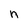
Character: n